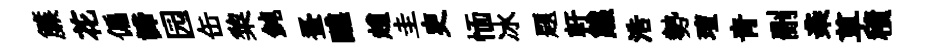
簾花偏諦园缶棃鈍蚤醮趙圭吏愐冰題軒熊浩勢璮青删亲草積